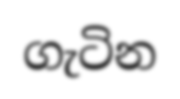
ගැටින